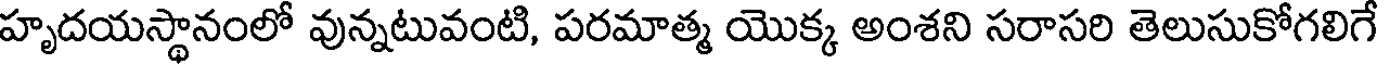
హృదయస్థానంలో వున్నటువంటి, పరమాత్మ యొక్క అంశని సరాసరి తెలుసుకోగలిగే